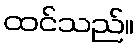
ထင်သည်။